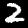
Digit: 2